65_HS1-834228961_62-HQ-83894_Section_3
Agency: FBI
Page 116
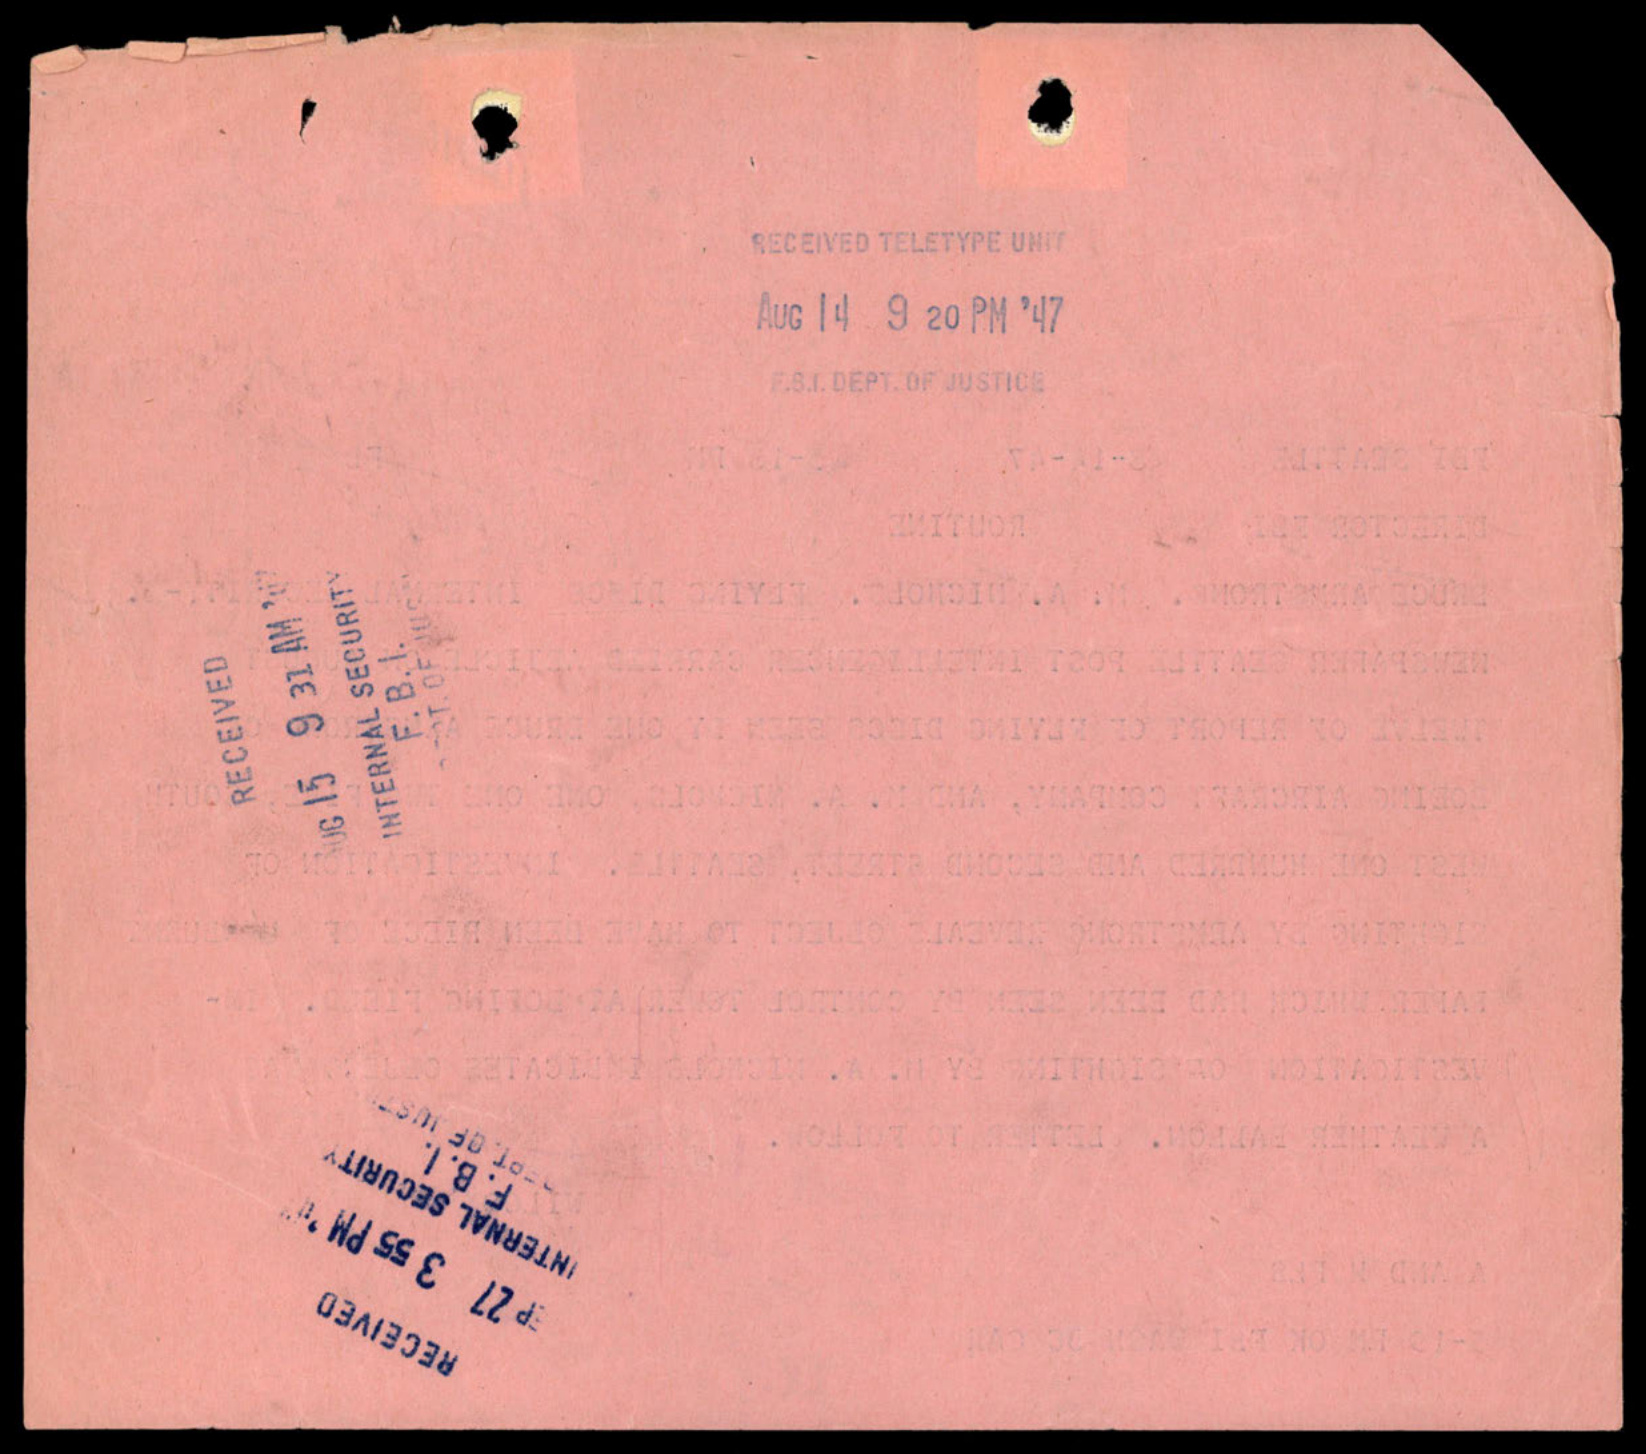